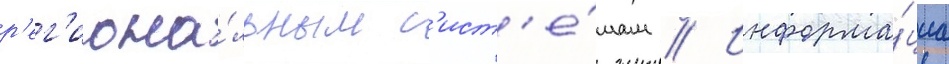
р'ег'иона́льным с'ист'е́мам // Информа́циа